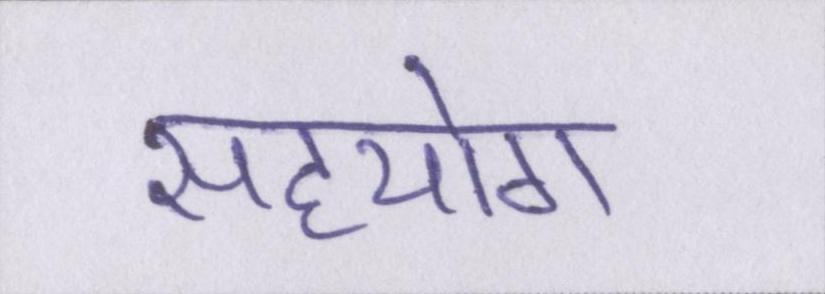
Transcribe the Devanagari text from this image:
सहयोग